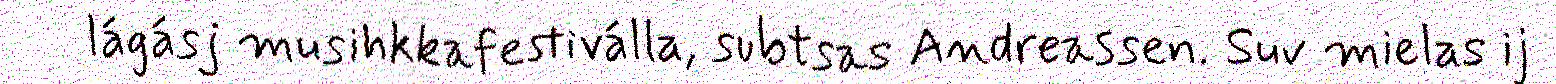
lágásj musihkkafestiválla, subtsas Andreassen. Suv mielas ij